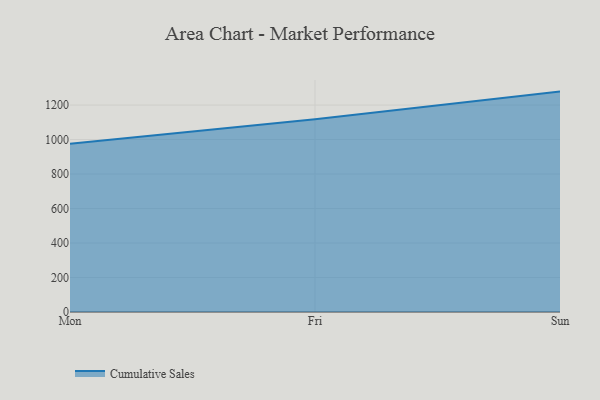
{"axis": {"x": "Day", "y": "Page Views"}, "legend": ["Cumulative Sales"], "data": [{"x": "Mon", "y": 975.8, "type": "Cumulative Sales"}, {"x": "Fri", "y": 1117.3, "type": "Cumulative Sales"}, {"x": "Sun", "y": 1278.0, "type": "Cumulative Sales"}]}